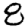
Digit: 8